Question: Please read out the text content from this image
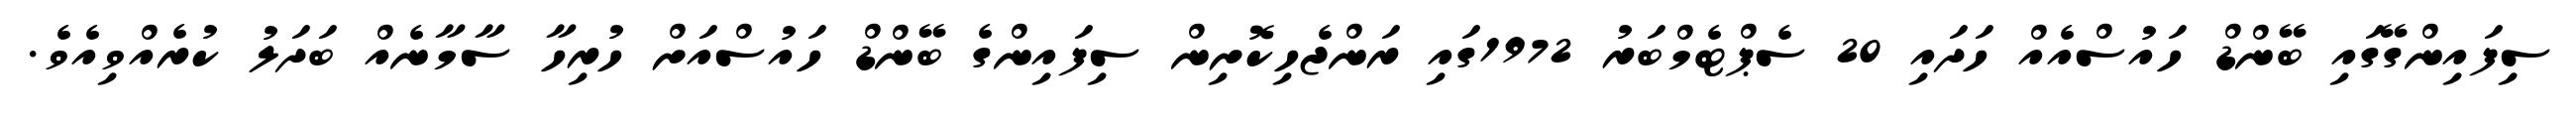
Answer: ސިފައިންގޭގައި ބޭންޑް ހައުސްއެއް ހަދައި 20 ސެޕްޓެމްބަރު 1972ގައި ރަންޖެހިކޮށިން ސިފައިންގެ ބޭންޑް ހައުސްއަށް ހުރިހާ ސާމާނެއް ބަދަލު ކުރެއްވިއެވެ.